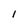
Character: l